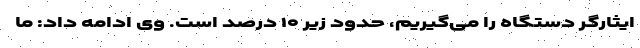
ایثارگر دستگاه را می‌گیریم، حدود زیر ۱۰ درصد است. وی ادامه داد: ما